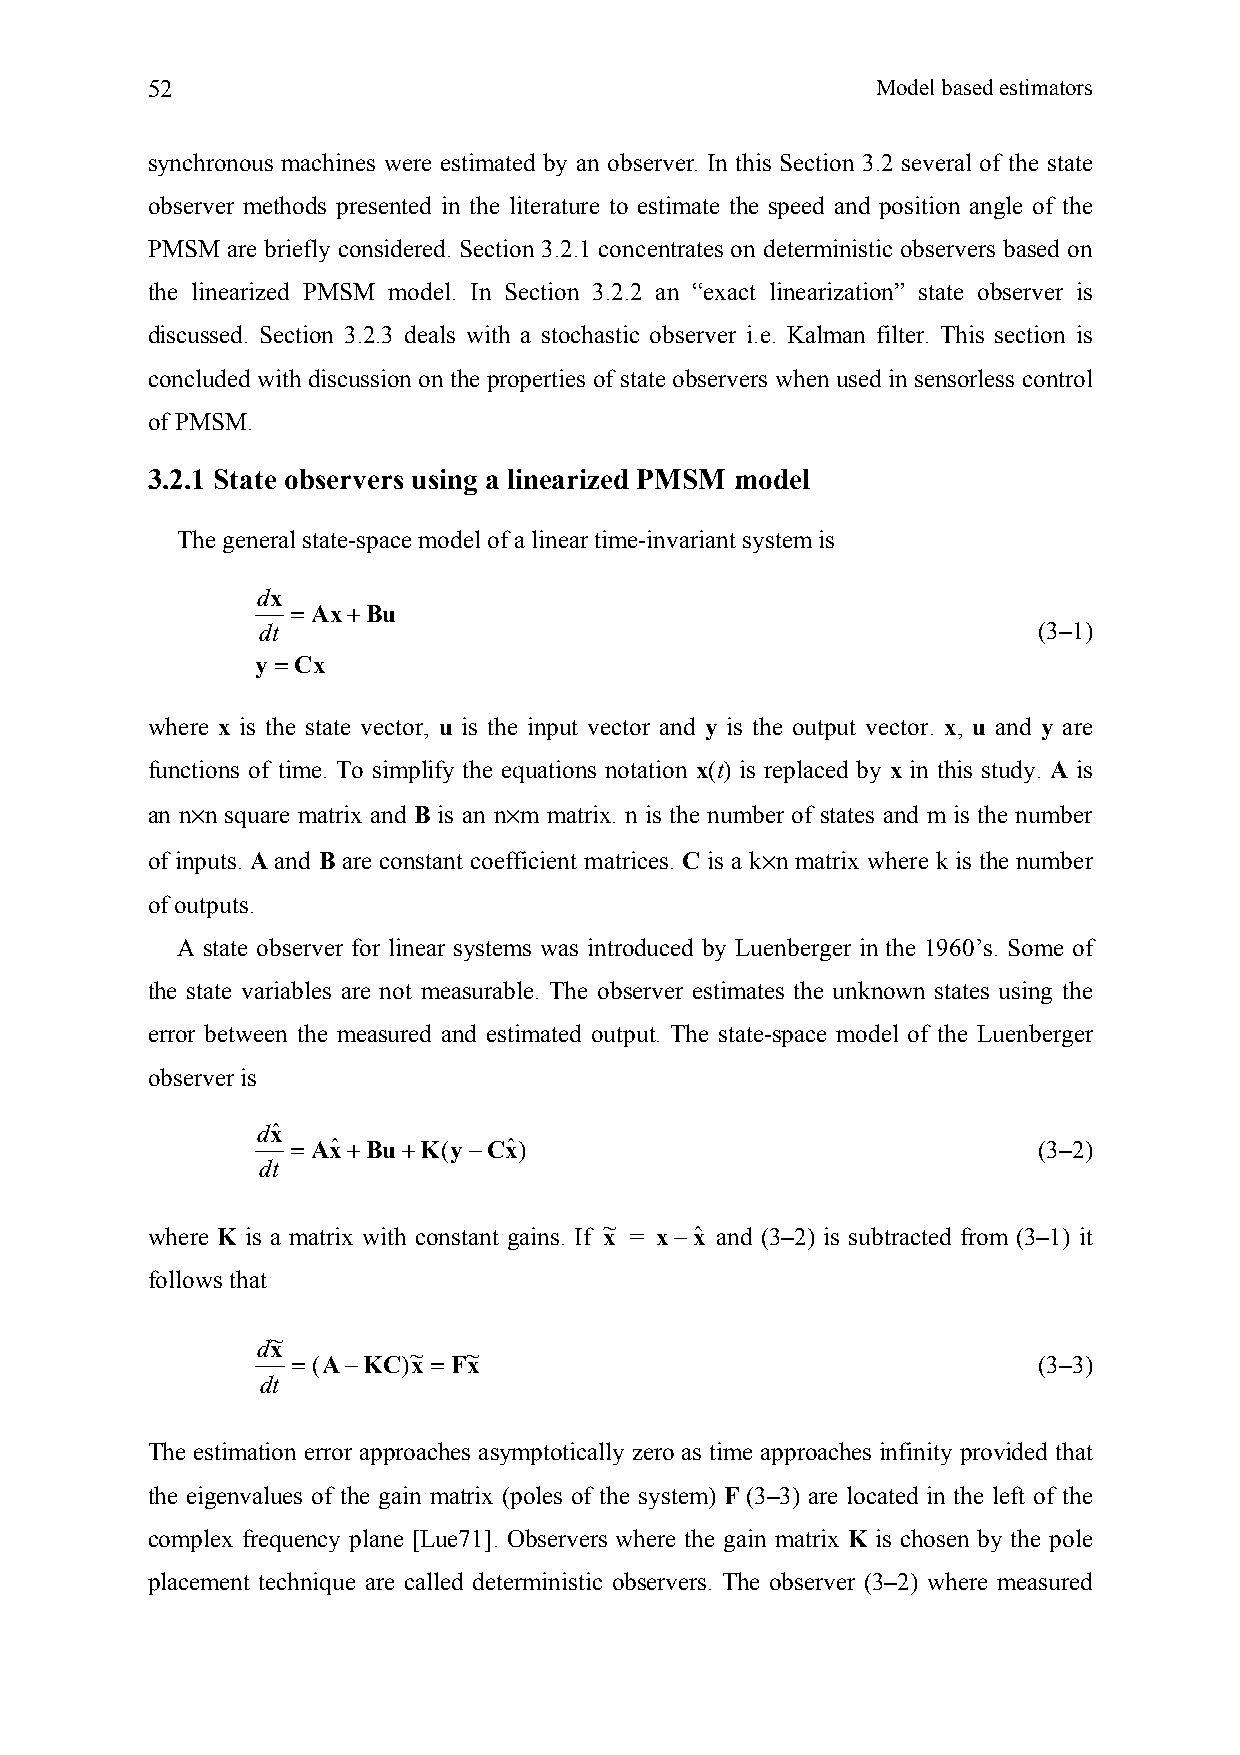
52                                              Model based estimators
 synchronous machines were estimated by an observer. In this Section 3.2 several of the state
 observer methods presented in the literature to estimate the speed and position angle of the
 PMSM are briefly considered. Section 3.2.1 concentrates on deterministic observers based on
 the linearized PMSM model. In Section 3.2.2 an “exact linearization” state observer is
 discussed. Section 3.2.3 deals with a stochastic observer i.e. Kalman filter. This section is
 concluded with discussion on the properties of state observers when used in sensorless control
 of PMSM.
 3.2.1 State observers using a linearized PMSM model
 The general state-space model of a linear time-invariant system is
 dx
 = Ax+Bu
 dt                                                  (3–1)
 y =Cx
 where x is the state vector, u is the input vector and y is the output vector. x, u and y are
 functions of time. To simplify the equations notation x(t) is replaced by x in this study. A is
 an n×n square matrix and B is an n×m matrix. n is the number of states and m is the number
 of inputs. A and B are constant coefficient matrices. C is a k×n matrix where k is the number
 of outputs.
 A state observer for linear systems was introduced by Luenberger in the 1960’s. Some of
 the state variables are not measurable. The observer estimates the unknown states using the
 error between the measured and estimated output. The state-space model of the Luenberger
 observer is
 dxˆ
 = Axˆ +Bu+K(y−Cxˆ)                                (3–2)
 dt
 where K is a matrix with constant gains. If ~ x = x−xˆ and (3–2) is subtracted from (3–1) it
 follows that
 ~
 dx = (A−KC)~ x =F~ x                                (3–3)
 dt
 The estimation error approaches asymptotically zero as time approaches infinity provided that
 the eigenvalues of the gain matrix (poles of the system) F (3–3) are located in the left of the
 complex frequency plane [Lue71]. Observers where the gain matrix K is chosen by the pole
 placement technique are called deterministic observers. The observer (3–2) where measured